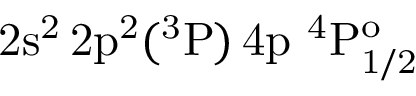
\mathrm { 2 s ^ { 2 } \, 2 p ^ { 2 } ( ^ { 3 } P ) \, 4 p ~ ^ { 4 } P _ { 1 / 2 } ^ { o } }